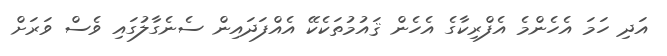
އަދި ހަމަ އެހެންމެ އެފްރިކާގެ އެހެން ޤައުމުތަކެކޭ އެއްފަދައިން ސެނެގާލުގައި ވެސް ވަރަށް